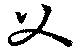
父